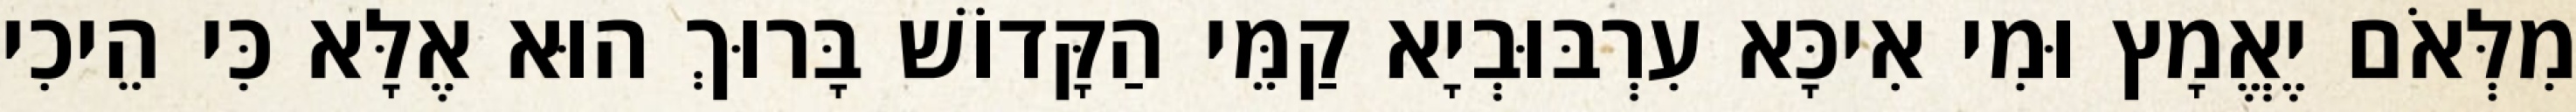
מִלְּאֹם יֶאֱמָץ וּמִי אִיכָּא עִרְבּוּבְיָא קַמֵּי הַקָּדוֹשׁ בָּרוּךְ הוּא אֶלָּא כִּי הֵיכִי